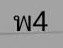
พ4